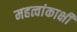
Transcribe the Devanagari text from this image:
महत्वांकाक्षी